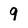
Character: 9